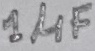
Text: 1µF